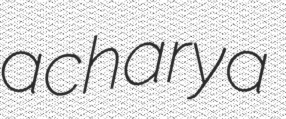
acharya